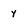
Character: y